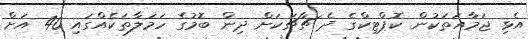
އެޅި ޖަމާއަތަކުން ކޮޕްޓިކްގެ ދެ ޗާޗަކަށް ދިން ބޮމުގެ ހަމަލާތަކެއްގައި 40 އަށް